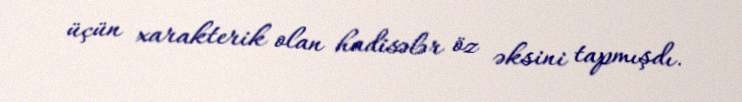
üçün xarakterik olan hadisələr öz əksini tapmışdı.